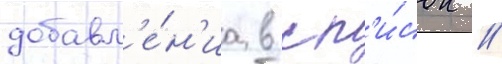
добавл'е́н'иа в сп'и́сок //